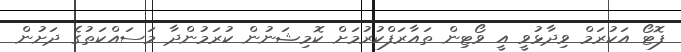
ފޮޓޯ އަކުރަމް ވިދާޅުވީ އީ ވޯޓިން ތައާރަފްކުރުމަށް ކޮމިޝަނުން ކުރަމުންދާ މަސައްކަތުގެ ދަށުން